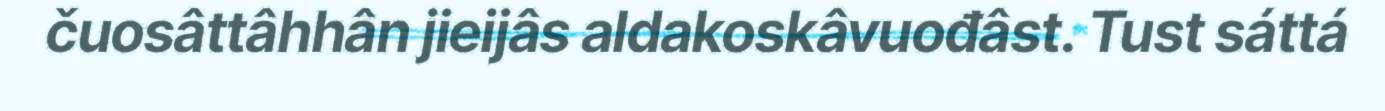
čuosâttâhhân jieijâs aldakoskâvuođâst. Tust sáttá